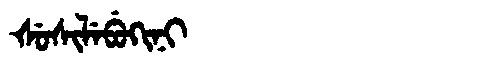
Manchu: ᡧᡠᠰᡳᠯᡝᠪᡠᡴᡳᠨᡳ
Romanization: ŠUSILEBUKINI